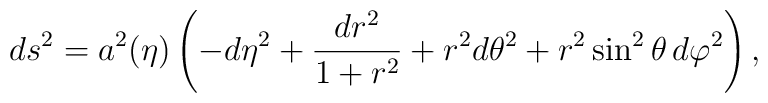
ds^2 = a^2(\eta)\left(- d\eta^2 + \frac{dr^2}{1+r^2}+ r^2 d\theta^2 + r^2\sin^2  \theta \, d\varphi^2\right),